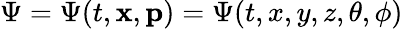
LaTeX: \Psi=\Psi(t,\mathbf{x},\mathbf{p})=\Psi(t,x,y,z,\theta,\phi)